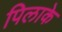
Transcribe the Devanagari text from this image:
पिलाके